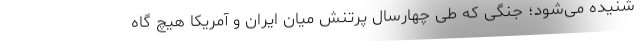
شنیده می‌شود؛ جنگی که طی چهارسال پرتنش میان ایران و آمریکا هیچ گاه